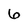
Character: 6